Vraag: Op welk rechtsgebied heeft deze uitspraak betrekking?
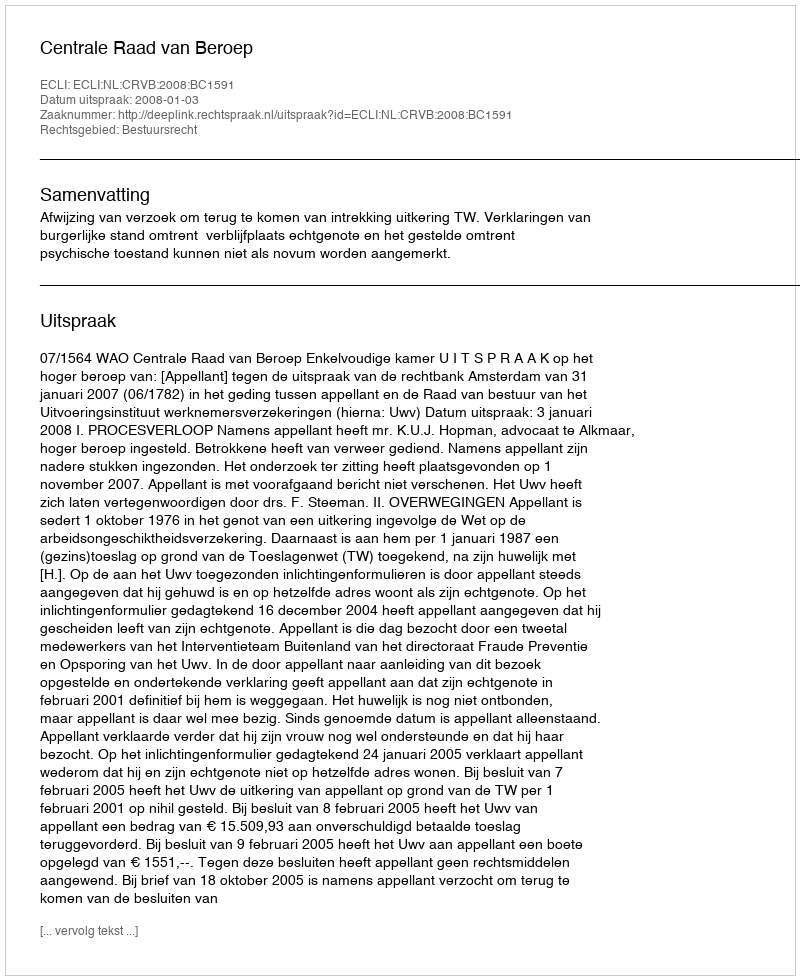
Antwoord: Bestuursrecht